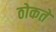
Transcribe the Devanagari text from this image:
ठोकते